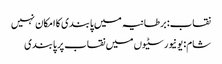
نقاب: برطانیہ میں پابندی کا امکان نہیں
شام: یونیورسٹیوں میں نقاب پر پابندی